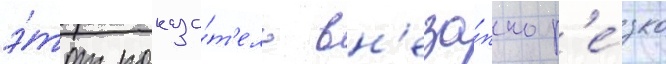
э́тот показа́т'ель вн'еза́пно р'е́зко